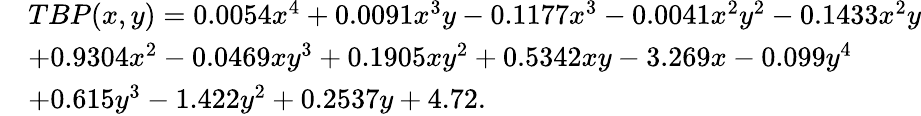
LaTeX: \begin{array}{rl}&{TBP(x,y)=0.0054x^{4}+0.0091x^{3}y-0.1177x^{3}-0.0041x^{2}y^{2}-0.1433x^{2}y}\\ &{+0.9304x^{2}-0.0469xy^{3}+0.1905xy^{2}+0.5342xy-3.269x-0.099y^{4}}\\ &{+0.615y^{3}-1.422y^{2}+0.2537y+4.72.}\end{array}